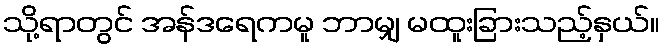
သို့ရာတွင် အန်ဒရေကမူ ဘာမျှ မထူးခြားသည့်နှယ်။